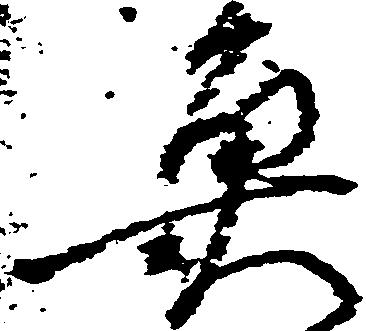
魚